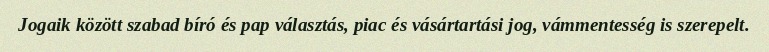
Jogaik között szabad bíró és pap választás, piac és vásártartási jog, vámmentesség is szerepelt.